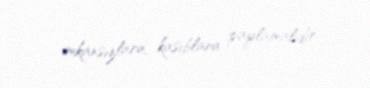
imkansızlara, kasıblara paylamalıdır.